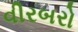
વીરબરો